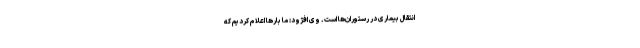
انتقال بیماری در رستوران‌ها است. وی افژود: ما بارها اعلام کردیم که